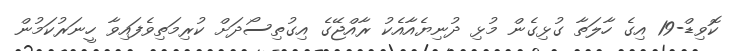
ކޮވިޑް-19 އިގެ ހާލަތާ ގުޅިގެން މުޅި ދުނިޔެއާއެކު ރާއްޖޭގެ އިގުތިސޯދަށް ކުރިމަތިވެފައިވާ ހީނަރުކަމުން